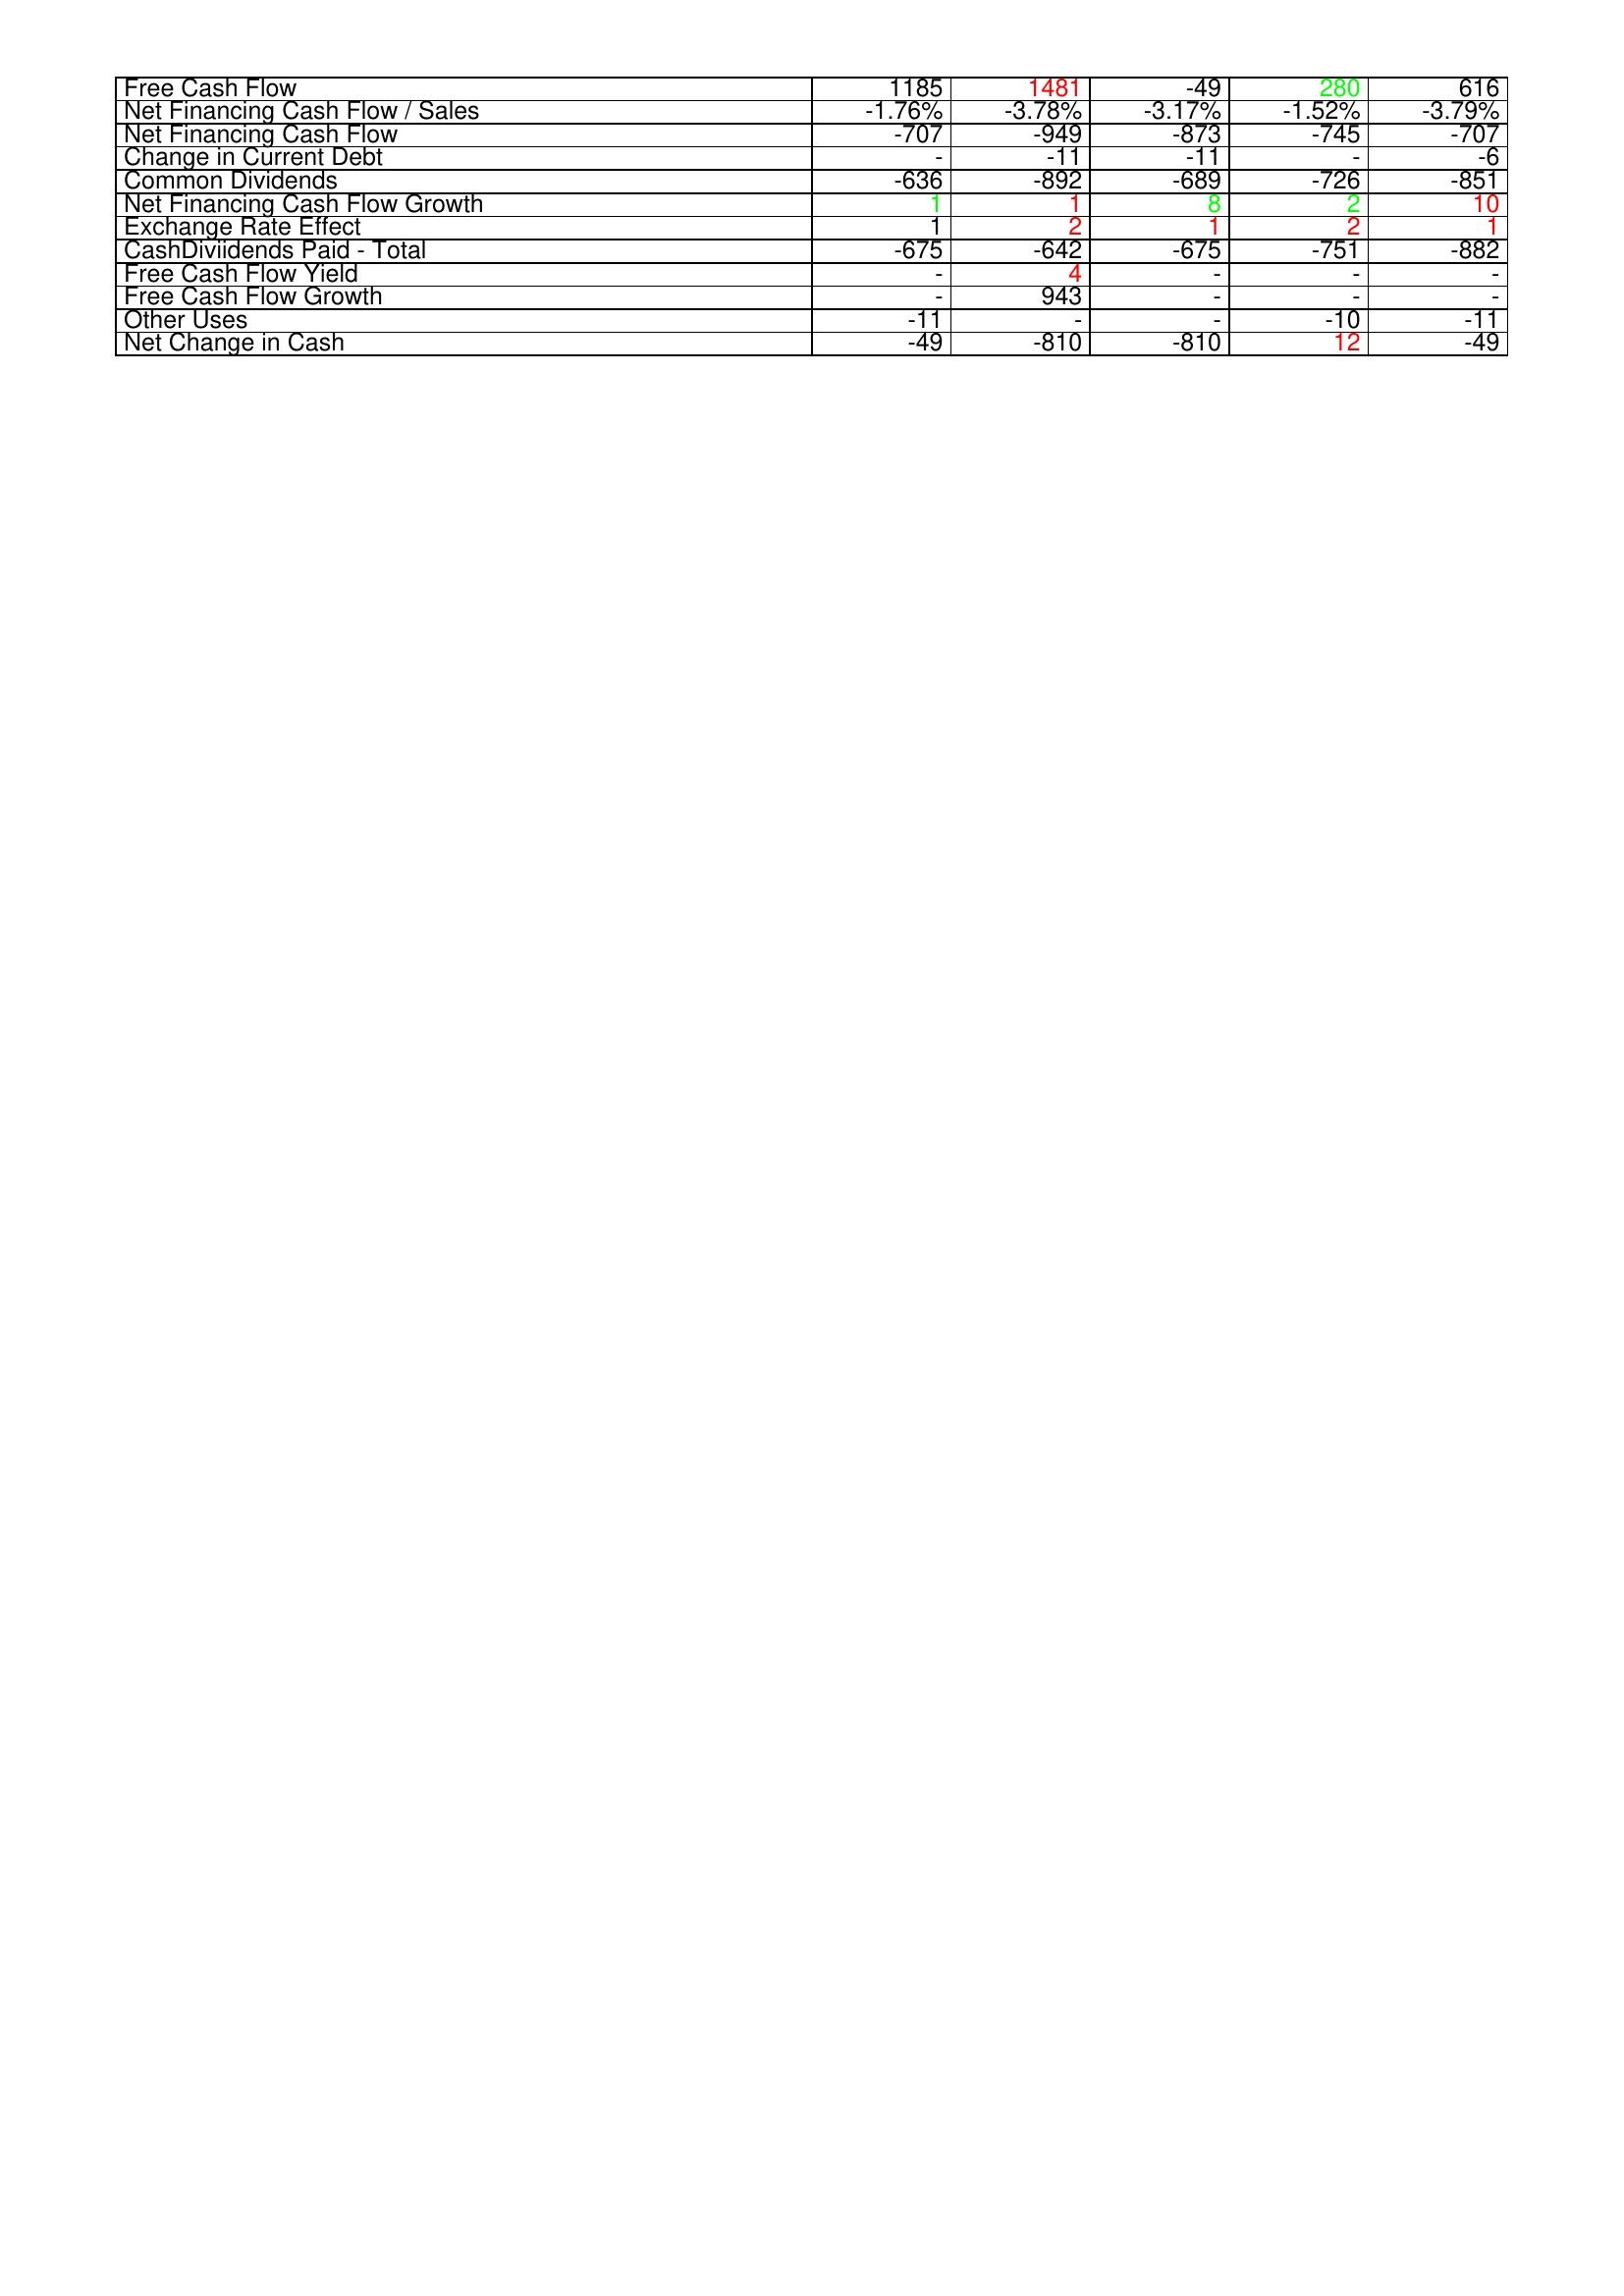
gt_parse: 2006: Financing Activities: Free Cash Flow: 1185
Net Financing Cash Flow / Sales: -1.76%
Net Financing Cash Flow: -707
Change in Current Debt: -
Common Dividends: -636
Net Financing Cash Flow Growth: 1
Exchange Rate Effect: 1
CashDiviidends Paid - Total: -675
Free Cash Flow Yield: -
Free Cash Flow Growth: -
Other Uses: -11
Net Change in Cash: -49
2005: Financing Activities: Free Cash Flow: 1481
Net Financing Cash Flow / Sales: -3.78%
Net Financing Cash Flow: -949
Change in Current Debt: -11
Common Dividends: -892
Net Financing Cash Flow Growth: 1
Exchange Rate Effect: 2
CashDiviidends Paid - Total: -642
Free Cash Flow Yield: 4
Free Cash Flow Growth: 943
Other Uses: -
Net Change in Cash: -810
2004: Financing Activities: Free Cash Flow: -49
Net Financing Cash Flow / Sales: -3.17%
Net Financing Cash Flow: -873
Change in Current Debt: -11
Common Dividends: -689
Net Financing Cash Flow Growth: 8
Exchange Rate Effect: 1
CashDiviidends Paid - Total: -675
Free Cash Flow Yield: -
Free Cash Flow Growth: -
Other Uses: -
Net Change in Cash: -810
2003: Financing Activities: Free Cash Flow: 280
Net Financing Cash Flow / Sales: -1.52%
Net Financing Cash Flow: -745
Change in Current Debt: -
Common Dividends: -726
Net Financing Cash Flow Growth: 2
Exchange Rate Effect: 2
CashDiviidends Paid - Total: -751
Free Cash Flow Yield: -
Free Cash Flow Growth: -
Other Uses: -10
Net Change in Cash: 12
2002: Financing Activities: Free Cash Flow: 616
Net Financing Cash Flow / Sales: -3.79%
Net Financing Cash Flow: -707
Change in Current Debt: -6
Common Dividends: -851
Net Financing Cash Flow Growth: 10
Exchange Rate Effect: 1
CashDiviidends Paid - Total: -882
Free Cash Flow Yield: -
Free Cash Flow Growth: -
Other Uses: -11
Net Change in Cash: -49